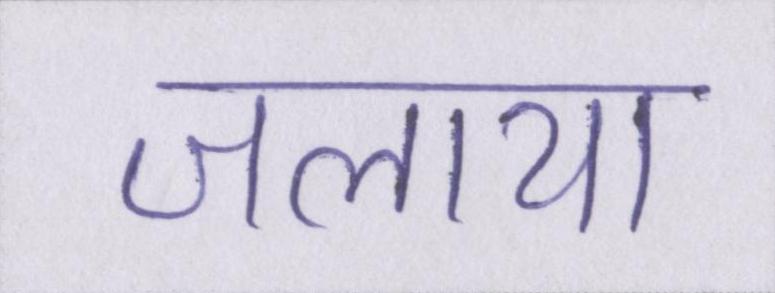
जलाया